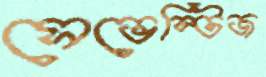
সেভেন্টিজ